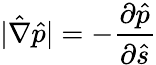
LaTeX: |\hat{\nabla}\hat{p}|=-\frac{\partial\hat{p}}{\partial\hat{s}}